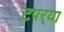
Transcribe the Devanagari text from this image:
टपर्‍या